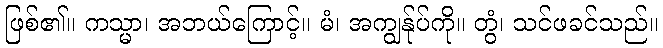
ဖြစ်၏။ ကသ္မာ၊ အဘယ်ကြောင့်။ မံ၊ အကျွန်ုပ်ကို။ တွံ၊ သင်ဖခင်သည်။